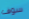
سوف